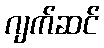
ဂျက်ဆင်